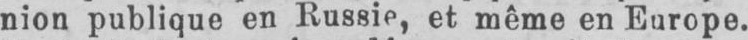
nion publique en Russie, et même en Europe.